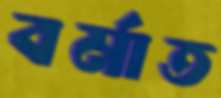
বর্মাত